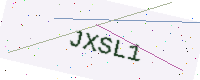
Text: JXSL1